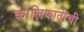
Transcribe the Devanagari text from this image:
कालिफातीची